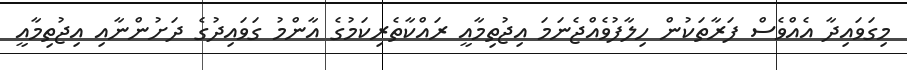
މިގަވައިދާ އެއްވެސް ފަރާތަކުން ހިލާފުވެއްޖެނަމަ އިޖުތިމާއީ ރައްކާތެރިކަމުގެ އާންމު ގަވައިދުގެ ދަށުންނާއި އިޖުތިމާއީ